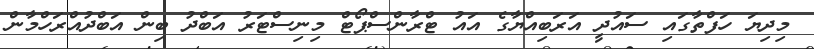
މިދިޔަ ހަފްތާގައި ސައުދީ އަރަބިއްޔާގެ އައު ޓްރާންސްޕޯޓް މިނިސްޓަރު އަބްދު ބިން އަބްދުއްރަހްމާން